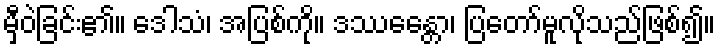
မှီဝဲခြင်း၏။ ဒေါသံ၊ အပြစ်ကို။ ဒဿေန္တော၊ ပြတော်မူလိုသည်ဖြစ်၍။